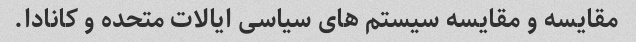
مقایسه و مقایسه سیستم های سیاسی ایالات متحده و کانادا.